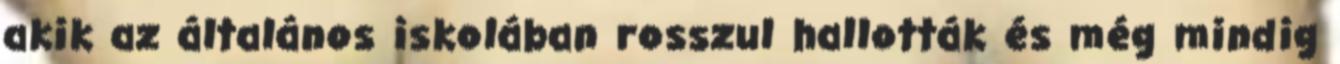
akik az általános iskolában rosszul hallották és még mindig